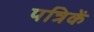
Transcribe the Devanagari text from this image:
पत्रिकें